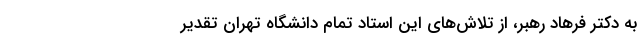
به دکتر فرهاد رهبر، از تلاش‌های این استاد تمام دانشگاه تهران تقدیر